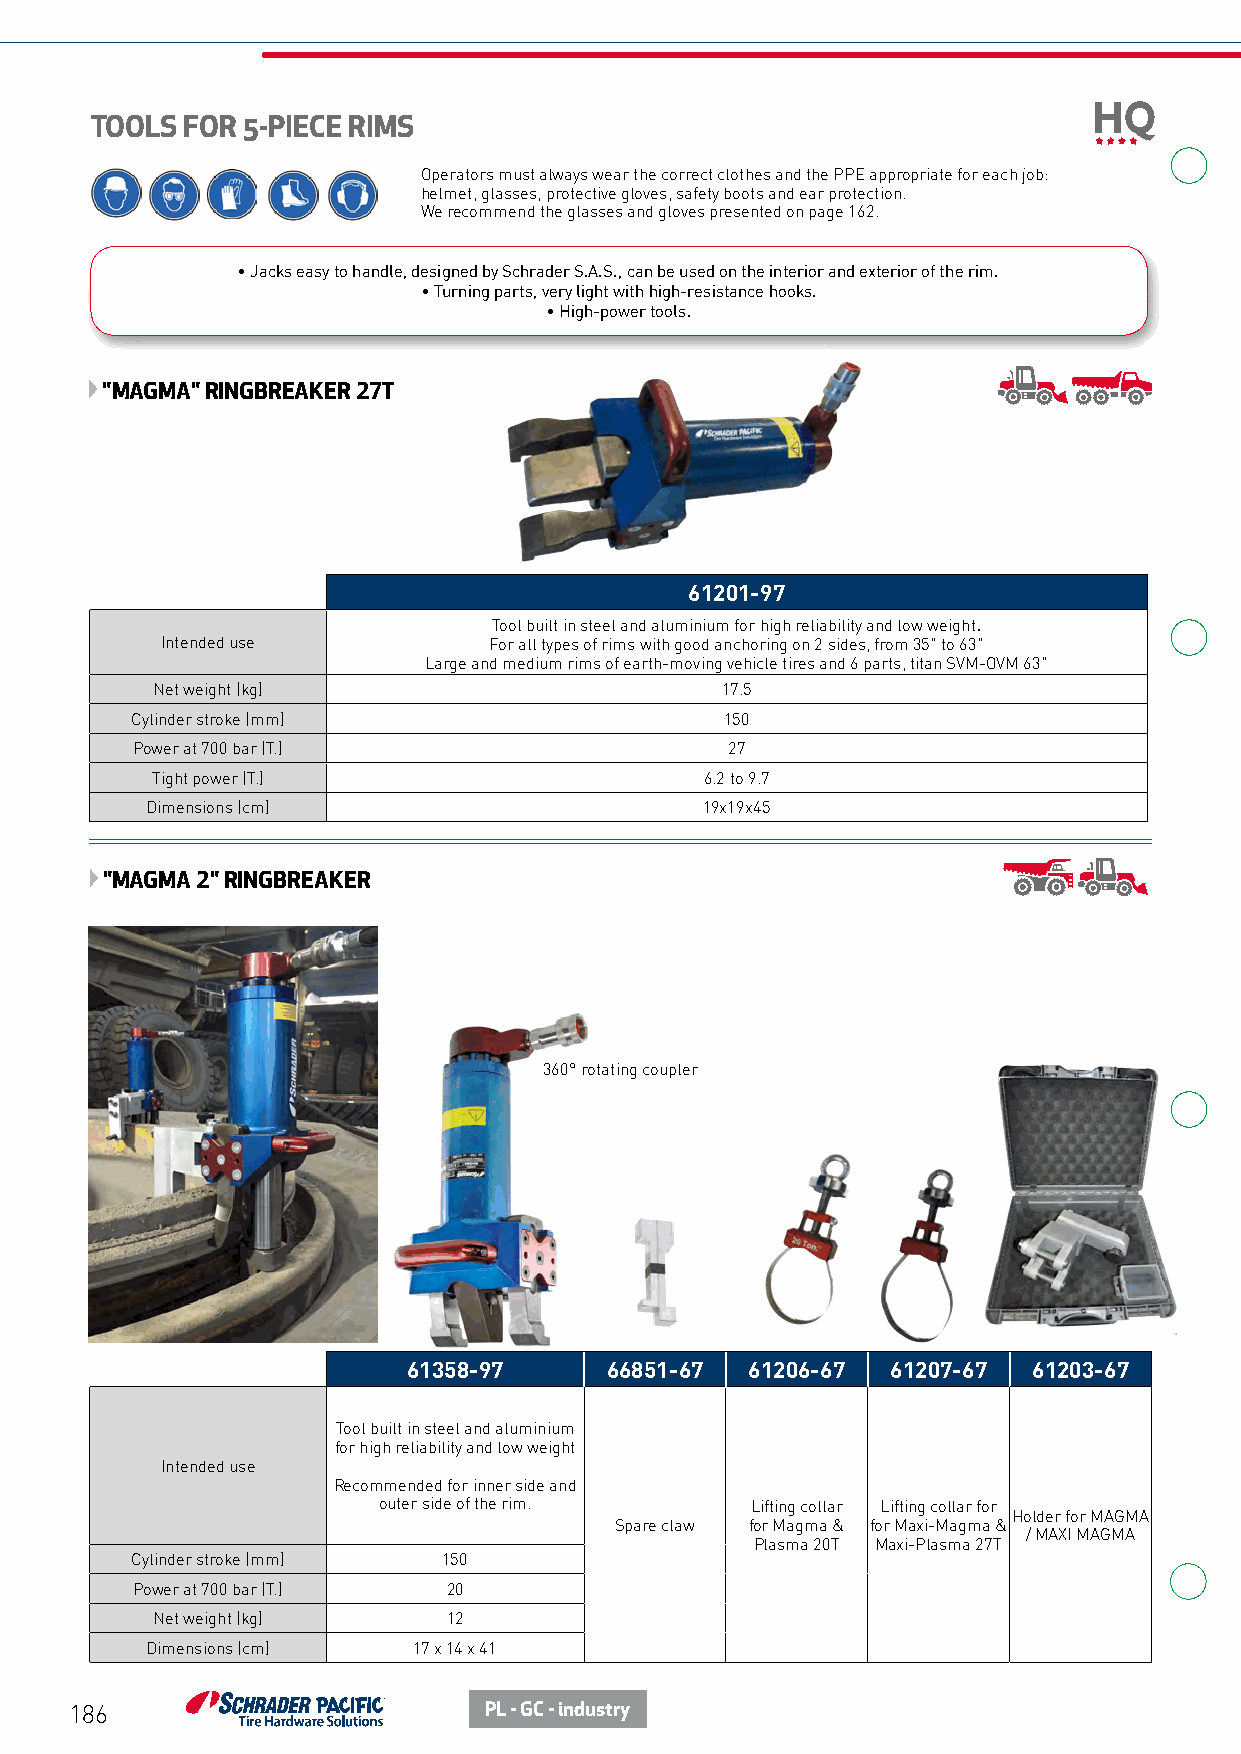
TOOLS FOR 5-PIECE RIMS
 Operators must always wear the correct clothes and the PPE appropriate for each job:
 helmet, glasses, protective gloves, safety boots and ear protection.
 We recommend the glasses and gloves presented on page 162.
 • Jacks easy to handle, designed by Schrader S.A.S., can be used on the interior and exterior of the rim.
 • Turning parts, very light with high-resistance hooks.
 • High-power tools.
 "MAGMA" RINGBREAKER 27T
 61201-97
 Tool built in steel and aluminium for high reliability and low weight.
 Intended use         For all types of rims with good anchoring on 2 sides, from 35" to 63"
 Large and medium rims of earth-moving vehicle tires and 6 parts, titan SVM-OVM 63"
 Net weight (kg)                       17.5
 Cylinder stroke (mm)                   150
 Power at 700 bar (T.)                  27
 Tight power (T.)                     6.2 to 9.7
 Dimensions (cm)                      19x19x45
 "MAGMA 2" RINGBREAKER
 360° rotating coupler
 61358-97     66851-67  61206-67 61207-67 61203-67
 Tool built in steel and aluminium
 for high reliability and low weight
 Intended use
 Recommended for inner side and
 outer side of the rim.   Lifting collar Lifting collar for
 Holder for MAGMA
 Spare claw for Magma & for Maxi-Magma &
 / MAXI MAGMA
 Plasma 20T Maxi-Plasma 27T
 Cylinder stroke (mm) 150
 Power at 700 bar (T.) 20
 Net weight (kg)     12
 Dimensions (cm)  17 x 14 x 41
 186                        PL - GC - industry